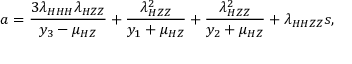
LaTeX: a = \frac { 3 \lambda _ { H H H } \lambda _ { H Z Z } } { y _ { 3 } - \mu _ { H Z } } + \frac { \lambda _ { H Z Z } ^ { 2 } } { y _ { 1 } + \mu _ { H Z } } + \frac { \lambda _ { H Z Z } ^ { 2 } } { y _ { 2 } + \mu _ { H Z } } + \lambda _ { H H Z Z } s ,